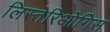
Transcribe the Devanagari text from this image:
लिस्तेरिओगिस